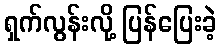
ရှက်လွန်းလို့ ပြန်ပြေးခဲ့